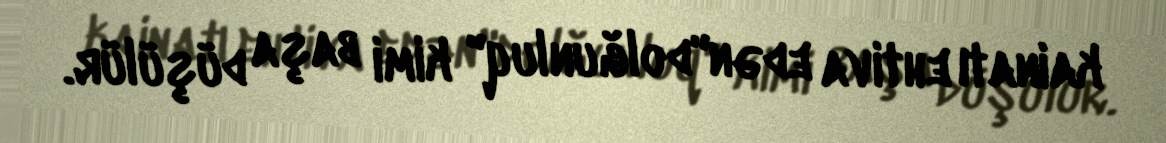
kainatı ehtiva edən"dolğunluq" kimi başa düşülür.